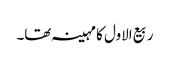
ربیع الاول کا مہینہ تھا۔